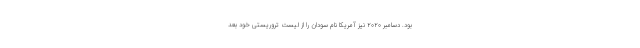
بود. دسامبر ۲۰۲۰ نیز آمریکا نام سودان را از لیست تروریستی خود بعد